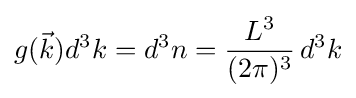
g({\vec {k}})d^{3}k=d^{3}n={\frac {L^{3}}{(2\pi )^{3}}}\,d^{3}k